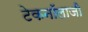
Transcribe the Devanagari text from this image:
टेकनॉलाजी